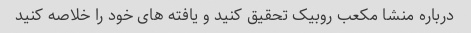
درباره منشا مکعب روبیک تحقیق کنید و یافته های خود را خلاصه کنید